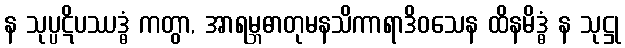
န သုပ္ပဋိပဿဒ္ဓံ ကတွာ, အာရမ္ဘဓာတုမနသိကာရာဒိဝသေန ထိနမိဒ္ဓံ န သုဋ္ဌု